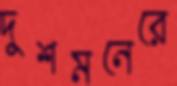
দুশমনেরে